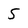
Character: 5